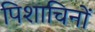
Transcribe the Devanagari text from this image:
पिशाचिनों